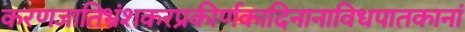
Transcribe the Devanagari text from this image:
करणजातिभ्रंशकरप्रकीर्णकादिनानाविधपातकानां